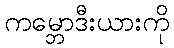
ကမ္ဘောဒီးယားကို